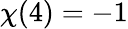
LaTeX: \chi(4)=-1